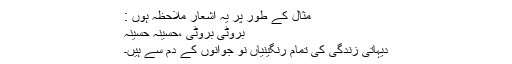
مثال کے طور پر یہ اشعار ملاحظہ ہوں :
بروٹی بروٹی ،حسینہ حسینہ
دیہاتی زندگی کی تمام رنگینیاں نو جوانوں کے دم سے ہیں۔